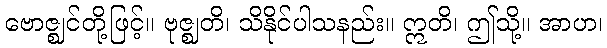
ဗောဇ္ဈင်တို့ဖြင့်။ ဗုဇ္ဈတိ၊ သိနိုင်ပါသနည်း။ ဣတိ၊ ဤသို့။ အာဟ၊